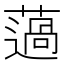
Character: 薖